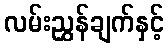
လမ်းညွှန်ချက်နှင့်